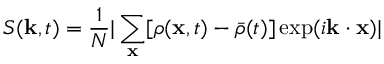
S ( \mathbf { k } , t ) = \frac { 1 } { N } | \sum _ { \mathbf { x } } [ \rho ( \mathbf { x } , t ) - \bar { \rho } ( t ) ] \exp ( i \mathbf { k } \cdot \mathbf { x } ) |